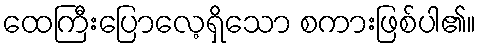
ထေကြီးပြောလေ့ရှိသော စကားဖြစ်ပါ၏။